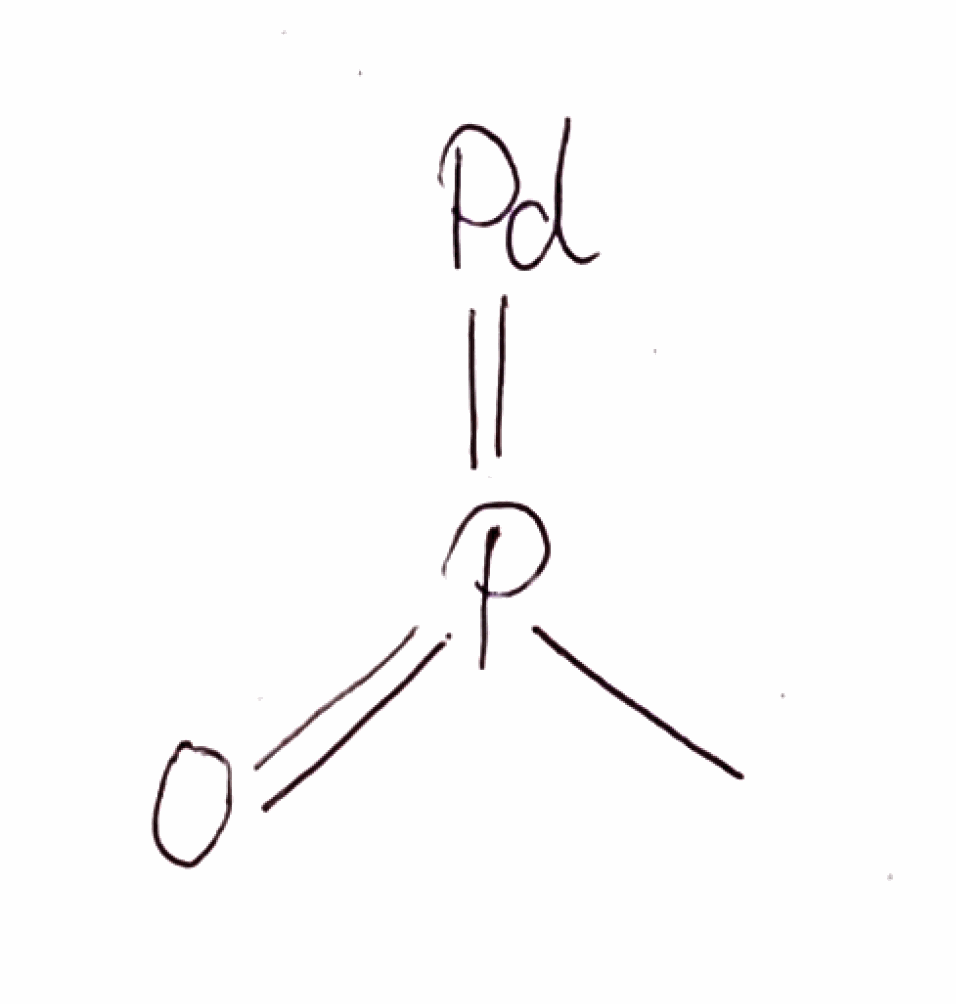
Simplified molecular-input line-entry system (SMILES) notation of the given molecule:
CP(=O)=[Pd]